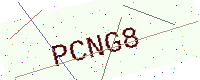
Text: PCNG8